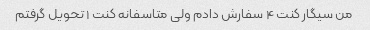
من سیگار کنت ۴ سفارش دادم ولی متاسفانه کنت ۱ تحویل گرفتم